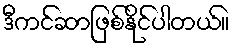
ဒီကင်ဆာဖြစ်နိုင်ပါတယ်။